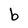
Character: b